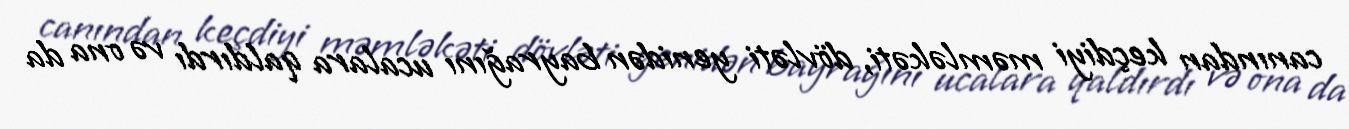
canından keçdiyi məmləkəti, dövləti yenidən bayrağını ucalara qaldırdı və ona da